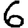
Digit: 6